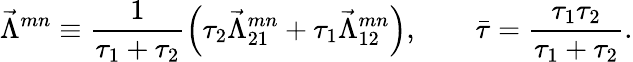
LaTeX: \vec{\Lambda}^{mn}\equiv\frac{1}{\tau_{1}+\tau_{2}}\left(\tau_{2}\vec{\Lambda}_{21}^{mn}+\tau_{1}\vec{\Lambda}_{12}^{mn}\right),\qquad\bar{\tau}=\frac{\tau_{1}\tau_{2}}{\tau_{1}+\tau_{2}}.